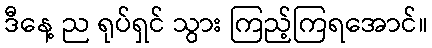
ဒီနေ့ ည ရုပ်ရှင် သွား ကြည့်ကြရအောင်။